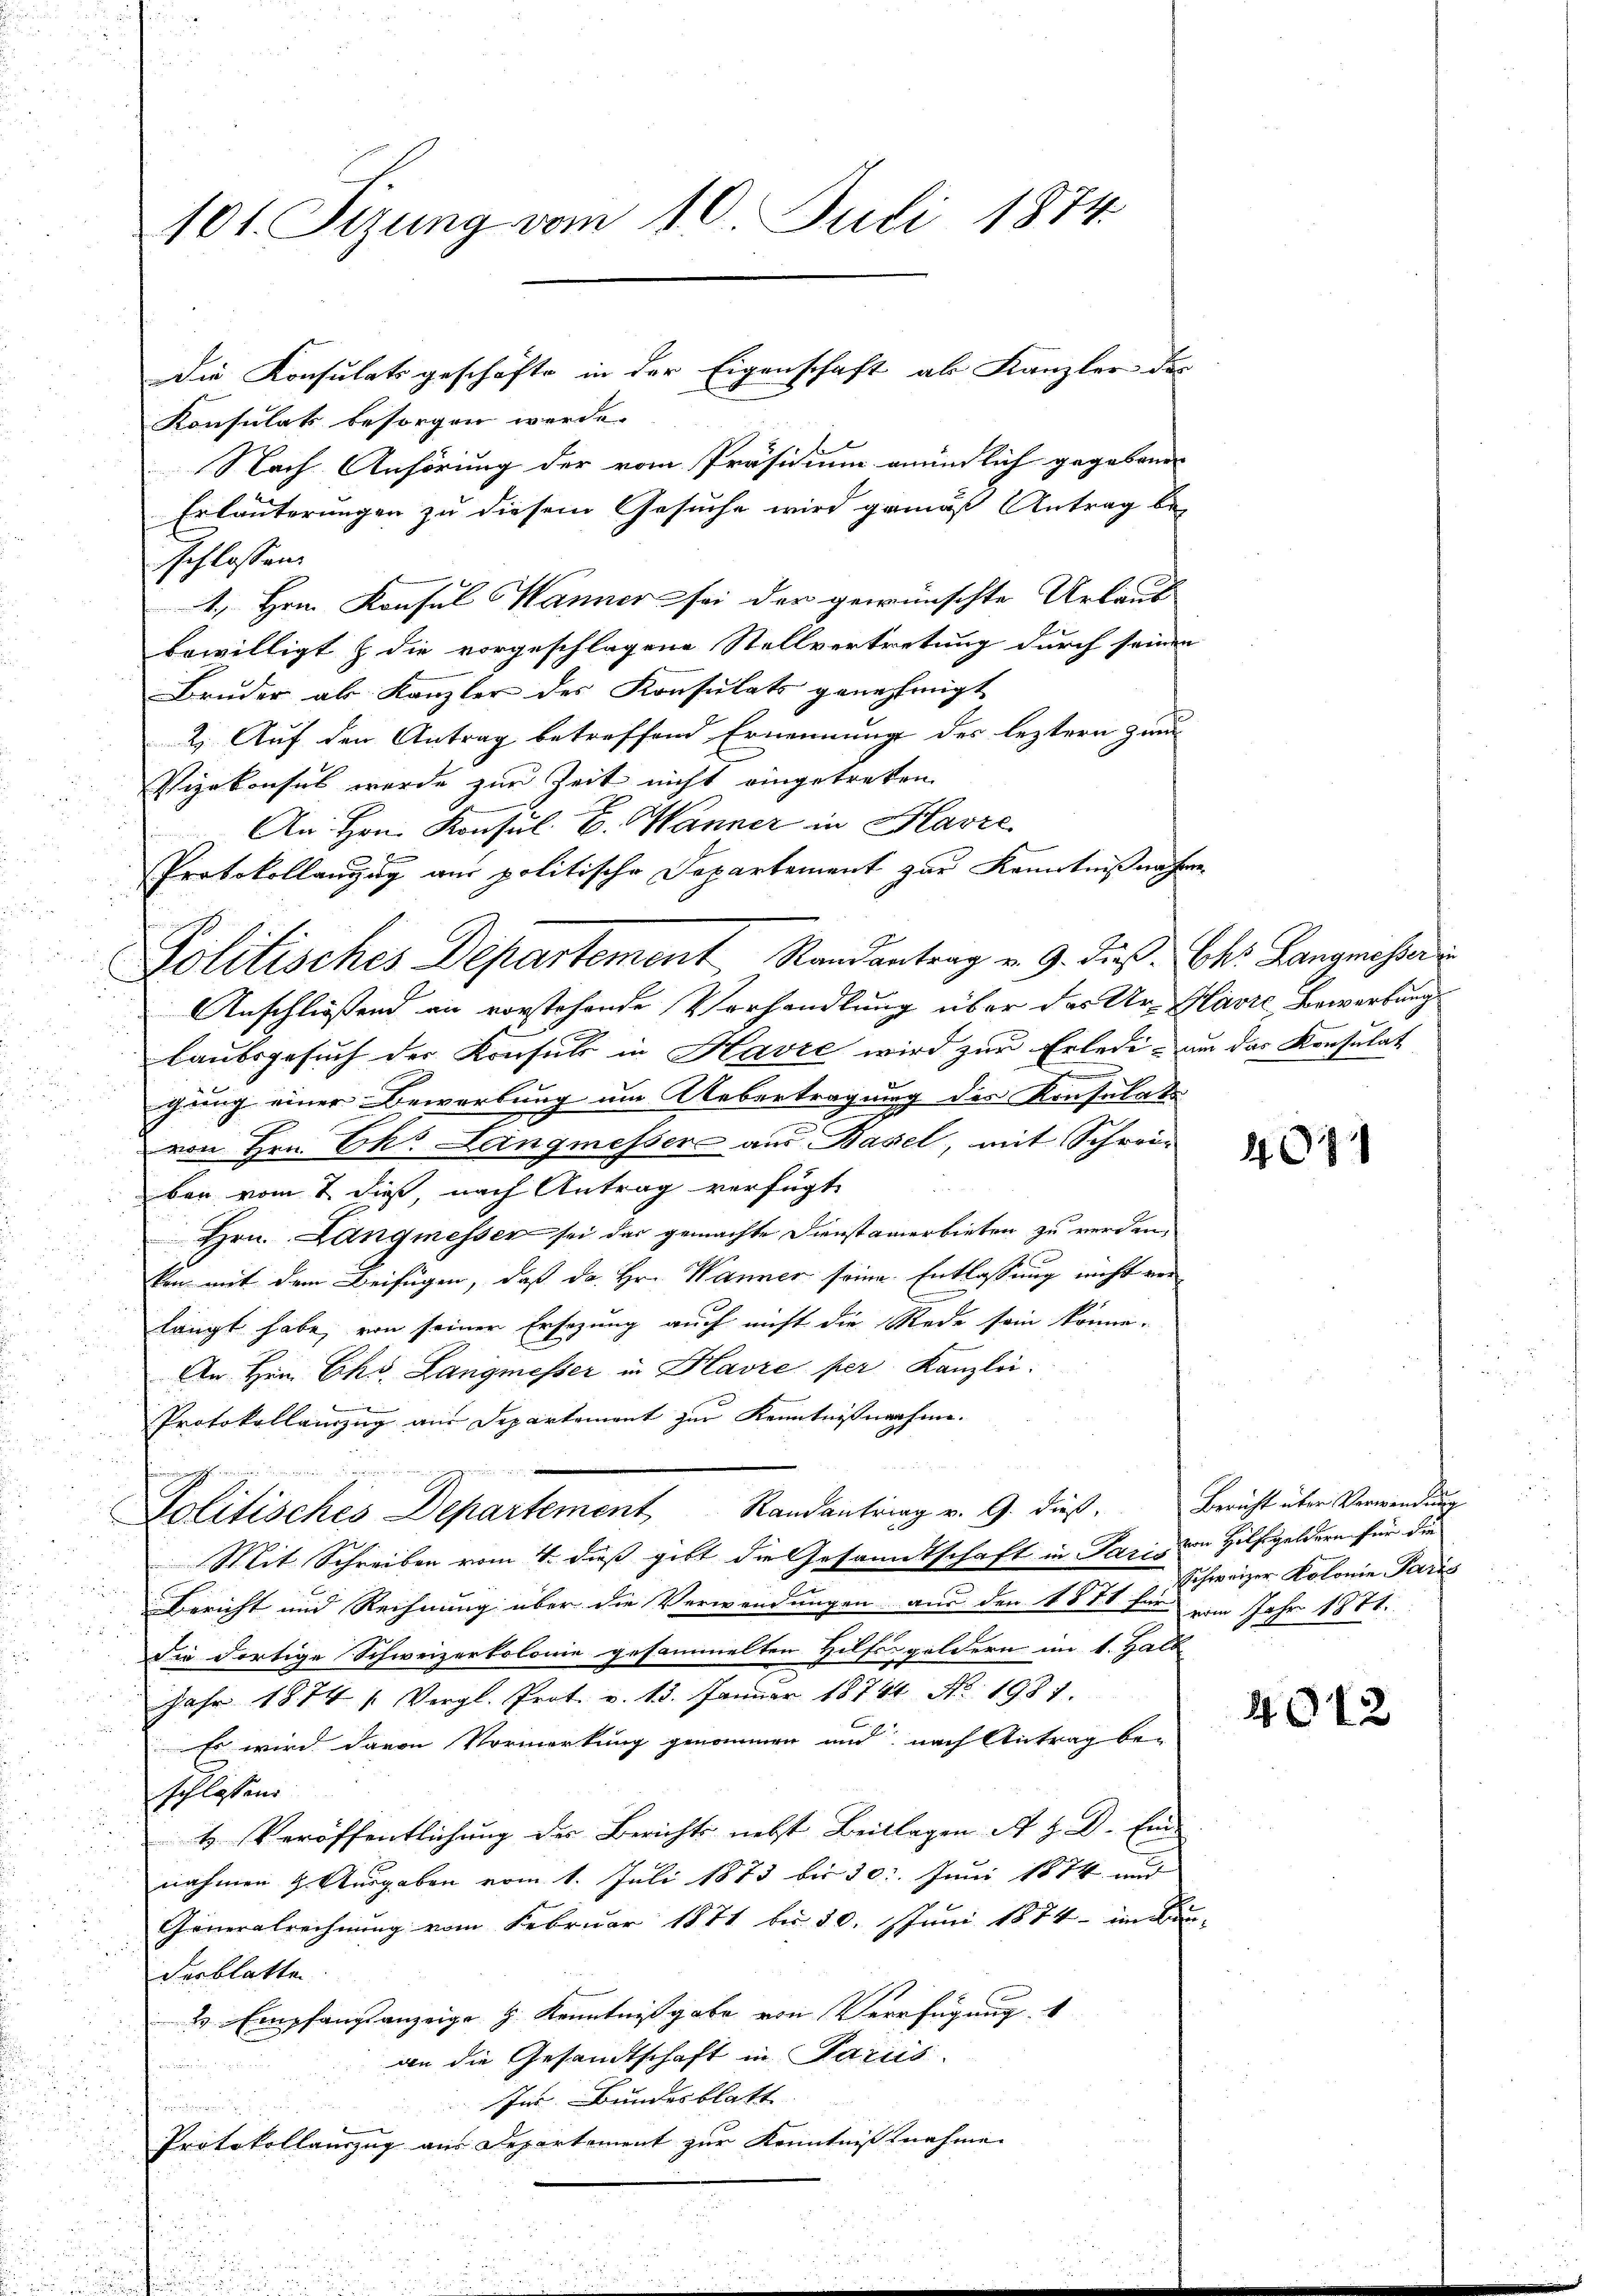
101. Sizung vom 10. Juli 1874.

Die Konsulatsgeschäfte in der Eigenschaft ab Kanzler der
Konsulats besorgen werde.
Nach Anhörung der vom Präsidium mündlich gegebenen
Erläuterungen zu diesem Gesuche wird gemäß Antrag be-
schlossen.
1., Hrn. Konsul Wanner sei der gewünschte Urlaub
bewilligt & die vorgeschlagene Stellvertretung durch seinen
Bruder als Kanzler des Konsulats genehmigt
2.) Auf den Antrag betreffend Ernennung des leztern Zun
Vizekonses werde zur Zeit nicht eingetreten
An Hrn. Konsul B. Wanner in Havre
Protokollanzug aus politische Departement zur Kenntnißnahme
Politisches Departement Randantrag v. 9. dieß. Chr. Langnisser
Anschließend an vorstehende Verhandlung über das Ur- Havre Bewerbung
Laubsgesuch der Konsuls in Havre wird zur Erledium das Konsulat
gung einer Bewerbung um Uebertragung des Konsulat
.
von Hrn. Chr. Langmesser aus Basel, mit Schrein
ben vom 7. dieß, nach Antrag verfügte
Hrn. Langmesser sei das gemachte Dienstanerbieten zu werdenkon mit dem Beifügen, daß da Hr. Wanner seine Entlassung nicht von
langt habe, von seiner Ersezung auch nicht die Rede sein könne.
An Hrn. Ciks. Langmesser in Glavre per Kanzlei.
Protokollanzug aus Departement zur Kenntnißnahme.
Politisches Departement Randantrag v. 9. dieß. Bericht über Verwendung
Mit Schreiben vom 4. daß gibt die Gesandtschaft in Paris von Hilfeldern für die
Bericht und Rechnung über die Verwendungen aus den 1881 für vom Jahr 1871.
Die dortige Schweizerkolonie gesammelten Hilfsgeldern im 1. Halb
Jahr 1874 u. Vergl. Prot. v. 13. Janŭar 18744 No. 1987.
Es wird davon Vormerkung genommen und nach Antrag be-
schlesend
k. Veröffentlichung des Berichts nebst Beilagen A. H. D. Ein-
nahmen 9. Ausgaben vom 1. Juli 1873 bis 30. Juni 1874 und
Generalrechnung vom Februar 1871 bis 10. Juni 1874 - im Bau-
derblatte
2 Empfangsanzeige H. Kenntnißgabe von Verfügung 1
an die Gesandtschaft in Paris.

Ins Bundesblatt
u
Protokollauszug aus Departement zur Kenntnißnahme

7

Schweizer Kolonie Paris

4042